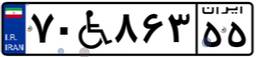
۳۶W۹۲۱۶۱